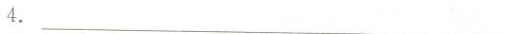
4.__